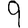
Digit: 9